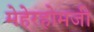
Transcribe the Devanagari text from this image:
मेहेरहोमजी